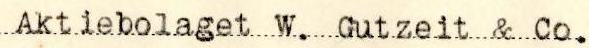
Aktiebolaget W. Gutzeit & Co.